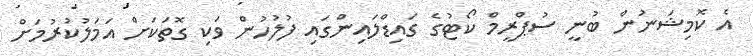
އެ ކޮމިޝަނުން ބުނީ ސުޕްރީމް ކޯޓުގެ ގައިޑްލައިންގައި ފުލުހުން ވަކި ގޮތަކަށް އަމަލުކުރުމަށް